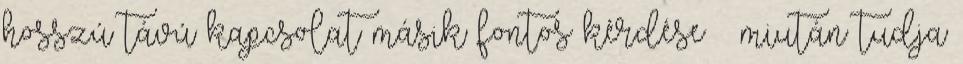
hosszú távú kapcsolat másik fontos kérdése – miután tudja